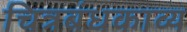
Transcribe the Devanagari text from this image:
चित्रबंधकाव्य